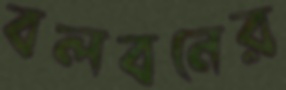
বলবনের